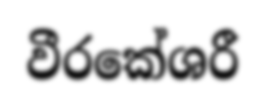
වීරකේශරී